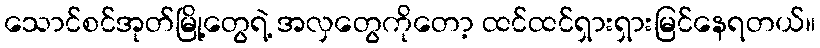
သောင်စင်အုတ်မြို့တွေရဲ့ အလှတွေကိုတော့ ထင်ထင်ရှားရှားမြင်နေရတယ်။